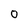
Character: o